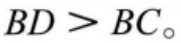
\(BD > BC_{\circ}\)